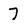
Character: 7